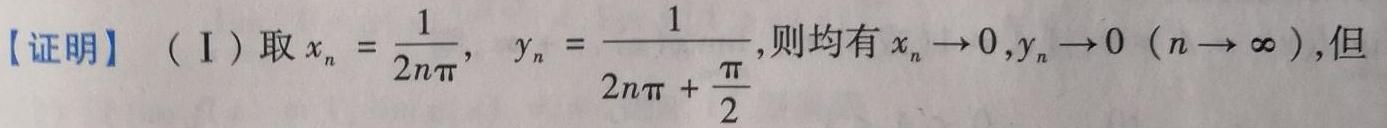
【证明】（I）取$x_{n}=\frac{1}{2n\pi},\ y_{n}=\frac{1}{2n\pi+\frac{\pi}{2}}$,则均有$x_{n}\to0,y_{n}\to0\ (n\to\infty)$,但